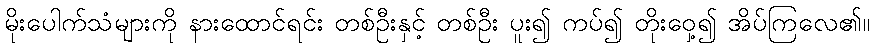
မိုးပေါက်သံများကို နားထောင်ရင်း တစ်ဦးနှင့် တစ်ဦး ပူး၍ ကပ်၍ တိုးဝှေ့၍ အိပ်ကြလေ၏။